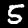
Label: 5